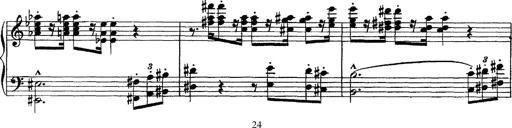
Title: Piano Sonata
Composer: Karl HÃ¤ssler
Key: C major